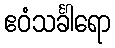
ဧဝံသင်္ခါရော